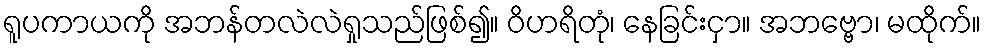
ရူပကာယကို အဘန်တလဲလဲရှုသည်ဖြစ်၍။ ဝိဟရိတုံ၊ နေခြင်းငှာ။ အဘဗ္ဗော၊ မထိုက်။